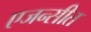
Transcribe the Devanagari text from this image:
एजन्सीत